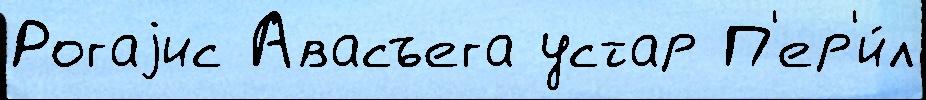
Рогаjис Авасъега устар П'ер'и́л